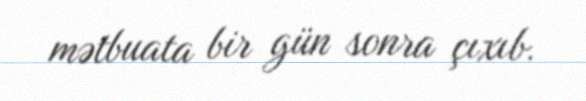
mətbuata bir gün sonra çıxıb.